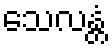
သေလန္တံ